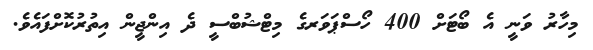
މިހާރު ވަނީ އެ ބޯޓަށް 400 ހޯސްޕަވަރގެ މިޓްޝުބްސީ ދެ އިންޖީން އިތުރުކޮށްފައެވެ.